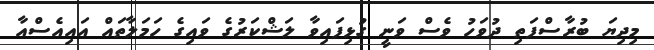
މިދިޔަ ބުރާސްފަތި ދުވަހު ވެސް ވަނީ ގުޅިފައިވާ ލަޝްކަރުގެ ވައިގެ ހަމަލާތައް އައިއެސްއާ